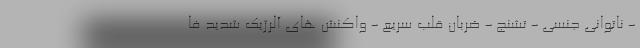
- ناتوانی جنسی - تشنج - ضربان قلب سریع - واکنش های آلرژیک شدید فا